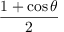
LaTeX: \frac { 1 + \cos \theta } { 2 }